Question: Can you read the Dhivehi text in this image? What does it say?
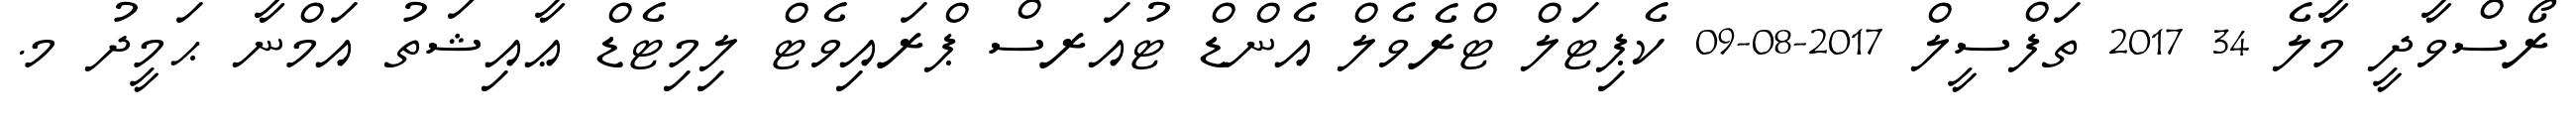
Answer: ރޯސްވާދީ މާލެ 34 2017 ތަފްސީލް 2017-08-09 ކެޕިޓަލް ޓްރެވެލް އެންޑް ޓުއަރސް ޕްރައިވެޓް ލިމިޓެޑް ޢާއިޝަތު އަމްނާ ޙަމީދު މ.